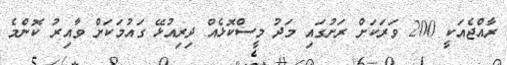
ރާއްޖެއަކީ 200 ވަރަކަށް ރަށުގައި މަދު މީސްކޮޅެއް ދިރިއުޅޭ ގައުމަކަށް ވާއިރު ކޮންމެ